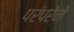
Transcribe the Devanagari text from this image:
परंपरेनें